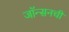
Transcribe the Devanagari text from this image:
जॉन्सनची